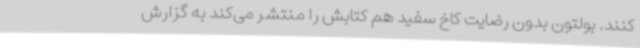
کنند. بولتون بدون رضایت کاخ سفید هم کتابش را منتشر می‌کند به گزارش